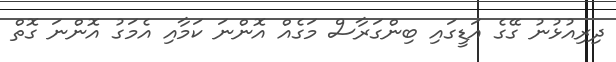
ދިރިއުޅުނު ގޭގެ އަޑީގައި ބިންގަރާސް މަގެއް އޮންނަ ކަމާއި އެމަގު އޮންނަ ގޮތް